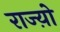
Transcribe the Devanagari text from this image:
राज्य़ो